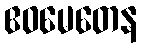
ဧဝမေတေန